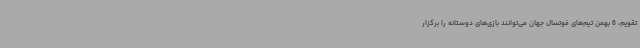
تقویم، 6 بهمن تیم‌های فوتسال جهان می‌توانند بازی‌های دوستانه را برگزار